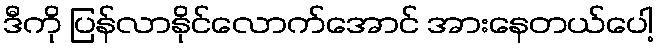
ဒီကို ပြန်လာနိုင်လောက်အောင် အားနေတယ်ပေါ့